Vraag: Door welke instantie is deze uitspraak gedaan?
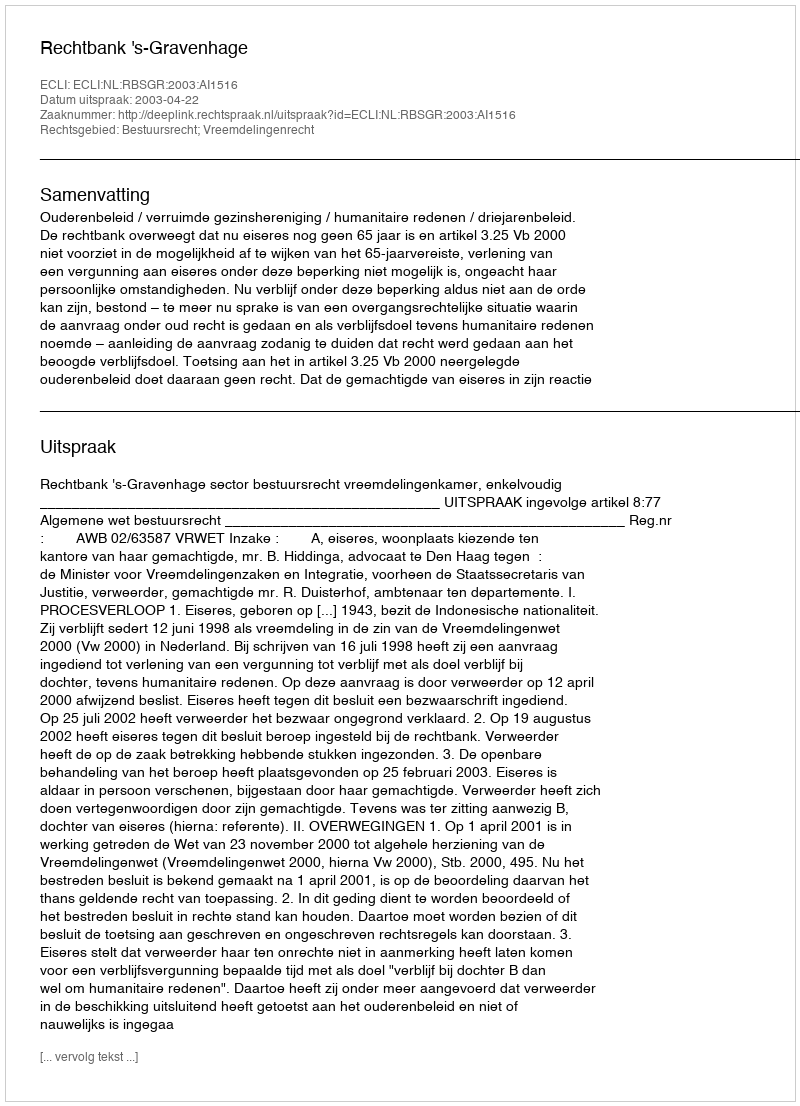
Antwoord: Rechtbank 's-Gravenhage